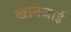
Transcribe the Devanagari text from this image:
खानजाई